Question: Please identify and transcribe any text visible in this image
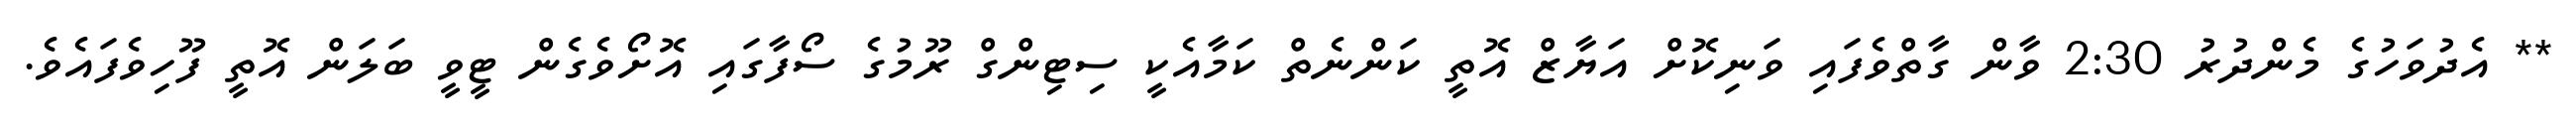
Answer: ** އެދުވަހުގެ މެންދުރު 2:30 ވާން ގާތްވެފައި ވަނިކޮށް އަޔާޒް އޮތީ ކަންނެތް ކަމާއެކީ ސިޓިންގް ރޫމުގެ ސޯފާގައި އޮށޯވެގެން ޓީވީ ބަލަން އޮތީ ފޫހިވެފައެވެ.